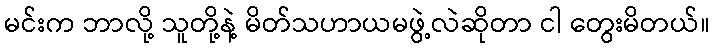
မင်းက ဘာလို့ သူတို့နဲ့ မိတ်သဟာယမဖွဲ့လဲဆိုတာ ငါ တွေးမိတယ်။